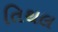
તિથલ